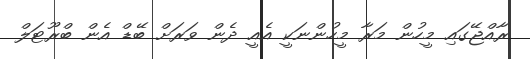
ރާއްޖޭގައި މީހުން މަރާ މީހުންނަކީ އެއީ ދެން ވަރަށް ބޭޑް އެން ބްރޫޓަލް